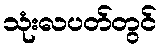
သုံးလပတ်တွင်